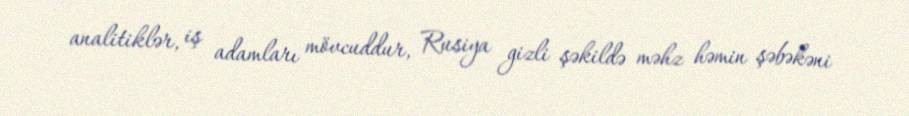
analitiklər, iş adamları mövcuddur, Rusiya gizli şəkildə məhz həmin şəbəkəni